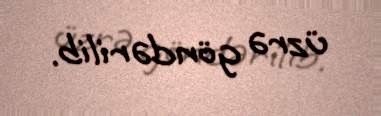
üzrə göndərilib.